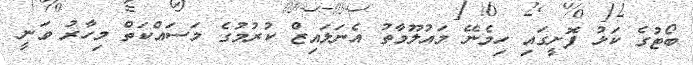
ބޯޓުގެ ކަޅު ފޮށީގައި ހިމެނޭ މައުލޫމާތު އެނަލައިޒް ކުރުމުގެ މަސައްކަތް މިހާރު ވަނީ